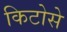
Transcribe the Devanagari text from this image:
किटोसे